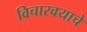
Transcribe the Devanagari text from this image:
विचारवयाचे